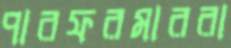
পারফরমাররা